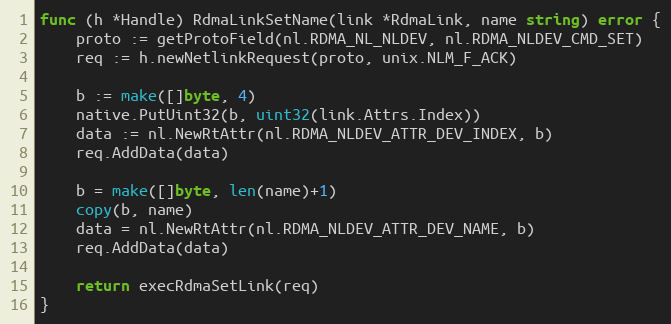
Language: Go
func (h *Handle) RdmaLinkSetName(link *RdmaLink, name string) error {
	proto := getProtoField(nl.RDMA_NL_NLDEV, nl.RDMA_NLDEV_CMD_SET)
	req := h.newNetlinkRequest(proto, unix.NLM_F_ACK)

	b := make([]byte, 4)
	native.PutUint32(b, uint32(link.Attrs.Index))
	data := nl.NewRtAttr(nl.RDMA_NLDEV_ATTR_DEV_INDEX, b)
	req.AddData(data)

	b = make([]byte, len(name)+1)
	copy(b, name)
	data = nl.NewRtAttr(nl.RDMA_NLDEV_ATTR_DEV_NAME, b)
	req.AddData(data)

	return execRdmaSetLink(req)
}